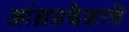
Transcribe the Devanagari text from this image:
आंध्रप्रदेशाचे